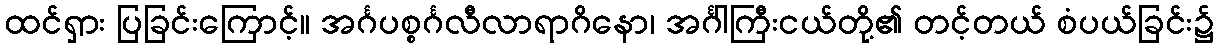
ထင်ရှား ပြခြင်းကြောင့်။ အင်္ဂပစ္စင်္ဂလီလာရာဂိနော၊ အင်္ဂါကြီးငယ်တို့၏ တင့်တယ် စံပယ်ခြင်း၌